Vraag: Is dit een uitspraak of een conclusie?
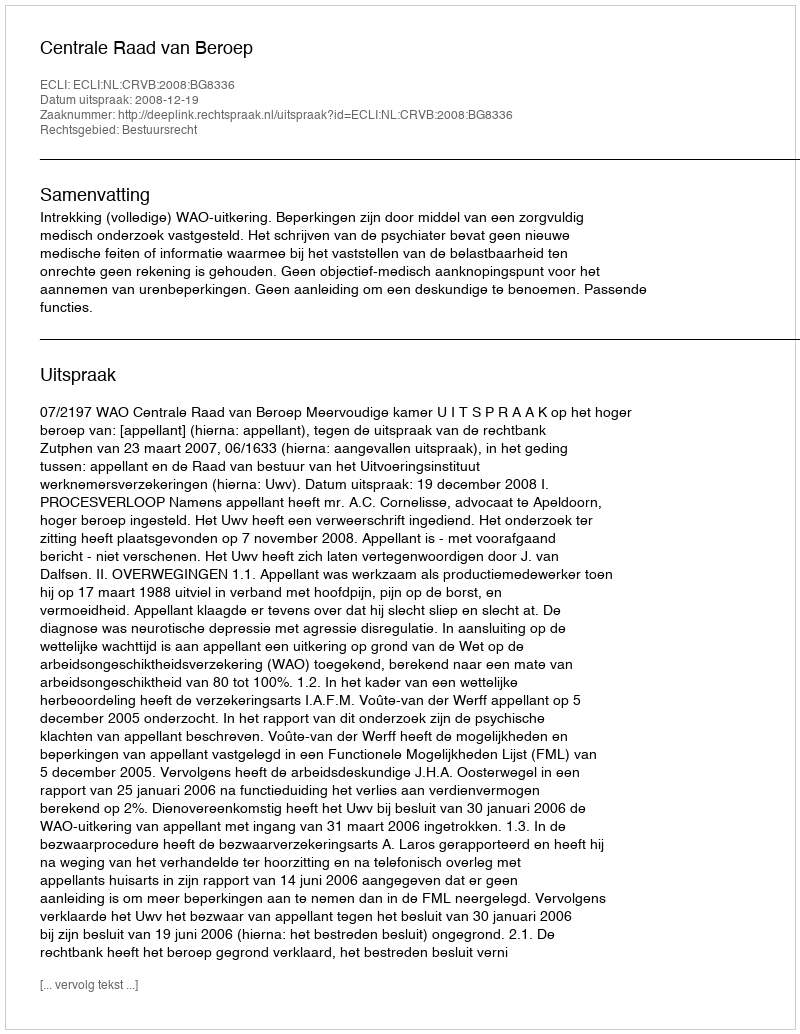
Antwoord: Uitspraak